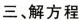
三、解方程